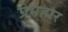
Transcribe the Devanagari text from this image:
प्रेमहार